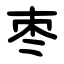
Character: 枣